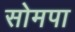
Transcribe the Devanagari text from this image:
सोमपा